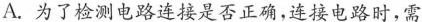
A.为了检测电路连接是否正确，连接电路时，需